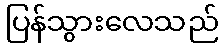
ပြန်သွားလေသည်